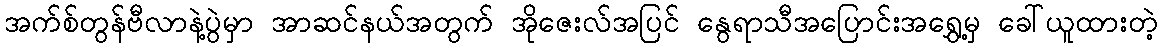
အက်စ်တွန်ဗီလာနဲ့ပွဲမှာ အာဆင်နယ်အတွက် အိုဇေးလ်အပြင် နွေရာသီအပြောင်းအရွှေ့မှ ခေါ်ယူထားတဲ့